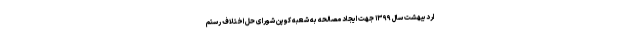
اردیبهشت سال ۱۳۹۹ جهت ایجاد مصالحه به شعبه کوپن شورای حل اختلاف رستم